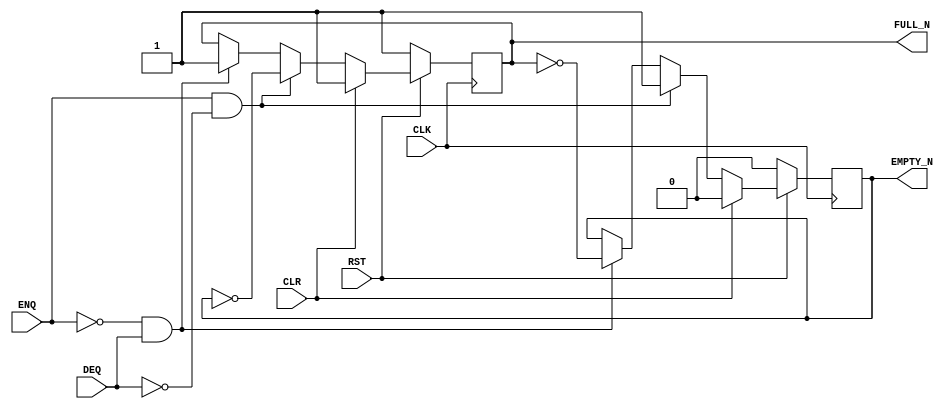
// This program was cloned from: https://github.com/bluespec/Piccolo
// License: Apache License 2.0


// Copyright (c) 2000-2012 Bluespec, Inc.

// Permission is hereby granted, free of charge, to any person obtaining a copy
// of this software and associated documentation files (the "Software"), to deal
// in the Software without restriction, including without limitation the rights
// to use, copy, modify, merge, publish, distribute, sublicense, and/or sell
// copies of the Software, and to permit persons to whom the Software is
// furnished to do so, subject to the following conditions:

// The above copyright notice and this permission notice shall be included in
// all copies or substantial portions of the Software.

// THE SOFTWARE IS PROVIDED "AS IS", WITHOUT WARRANTY OF ANY KIND, EXPRESS OR
// IMPLIED, INCLUDING BUT NOT LIMITED TO THE WARRANTIES OF MERCHANTABILITY,
// FITNESS FOR A PARTICULAR PURPOSE AND NONINFRINGEMENT. IN NO EVENT SHALL THE
// AUTHORS OR COPYRIGHT HOLDERS BE LIABLE FOR ANY CLAIM, DAMAGES OR OTHER
// LIABILITY, WHETHER IN AN ACTION OF CONTRACT, TORT OR OTHERWISE, ARISING FROM,
// OUT OF OR IN CONNECTION WITH THE SOFTWARE OR THE USE OR OTHER DEALINGS IN
// THE SOFTWARE.
//
// $Revision$
// $Date$

`ifdef BSV_ASSIGNMENT_DELAY
`else
  `define BSV_ASSIGNMENT_DELAY
`endif

`ifdef BSV_POSITIVE_RESET
  `define BSV_RESET_VALUE 1'b1
  `define BSV_RESET_EDGE posedge
`else
  `define BSV_RESET_VALUE 1'b0
  `define BSV_RESET_EDGE negedge
`endif


`ifdef BSV_ASYNC_RESET
 `define BSV_ARESET_EDGE_META or `BSV_RESET_EDGE RST
`else
 `define BSV_ARESET_EDGE_META
`endif


// Depth 2 FIFO  Data width 0
module FIFO20(CLK,
              RST,
              ENQ,
              FULL_N,
              DEQ,
              EMPTY_N,
              CLR
              );
   parameter guarded = 1;

   input  RST;
   input  CLK;
   input  ENQ;
   input  CLR;
   input  DEQ;

   output FULL_N;
   output EMPTY_N;

   reg    empty_reg;
   reg    full_reg;

   assign FULL_N  = full_reg ;
   assign EMPTY_N = empty_reg ;

`ifdef BSV_NO_INITIAL_BLOCKS
`else // not BSV_NO_INITIAL_BLOCKS
   // synopsys translate_off
   initial
     begin
        empty_reg = 1'b0 ;
        full_reg  = 1'b1 ;
     end // initial begin
   // synopsys translate_on
`endif // BSV_NO_INITIAL_BLOCKS

   always@(posedge CLK `BSV_ARESET_EDGE_META)
      begin
         if (RST == `BSV_RESET_VALUE)
           begin
              empty_reg <= `BSV_ASSIGNMENT_DELAY 1'b0;
              full_reg  <= `BSV_ASSIGNMENT_DELAY 1'b1;
           end // if (RST == `BSV_RESET_VALUE)
         else
           begin
              if (CLR)
                begin
                   empty_reg <= `BSV_ASSIGNMENT_DELAY 1'b0;
                   full_reg  <= `BSV_ASSIGNMENT_DELAY 1'b1;
                end
              else if (ENQ && !DEQ)
                begin
                   empty_reg <= `BSV_ASSIGNMENT_DELAY 1'b1;
                   full_reg  <= `BSV_ASSIGNMENT_DELAY ! empty_reg;
                end // if (ENQ && !DEQ)
              else if (!ENQ && DEQ)
                begin
                   full_reg  <= `BSV_ASSIGNMENT_DELAY 1'b1;
                   empty_reg <= `BSV_ASSIGNMENT_DELAY ! full_reg;
                end // if (!ENQ && DEQ)
           end // else: !if(RST == `BSV_RESET_VALUE)
      end // always@ (posedge CLK or `BSV_RESET_EDGE RST)

   // synopsys translate_off
   always@(posedge CLK)
     begin: error_checks
        reg deqerror, enqerror ;

        deqerror =  0;
        enqerror = 0;
        if (RST == ! `BSV_RESET_VALUE)
          begin
             if ( ! empty_reg && DEQ )
               begin
                  deqerror = 1 ;
                  $display( "Warning: FIFO20: %m -- Dequeuing from empty fifo" ) ;
               end
             if ( ! full_reg && ENQ && (!DEQ || guarded) )
               begin
                  enqerror =  1 ;
                  $display( "Warning: FIFO20: %m -- Enqueuing to a full fifo" ) ;
               end
          end // if (RST == ! `BSV_RESET_VALUE)
     end
   // synopsys translate_on

endmodule